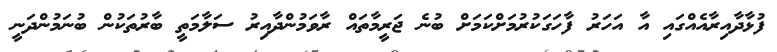
ފުޅާދާއިރާއެއްގައި އާ އަހަރު ފާހަގަކުރުމަށްކަމަށް ބުނެ ޖަރީމާތައް ރާވަމުންދާއިރު ސަލާމަތީ ބާރުތަކުން ބުނަމުންދަނީ